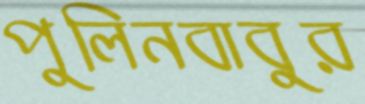
পুলিনবাবুর